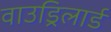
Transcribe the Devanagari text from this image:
वाउड्रिलार्ड